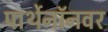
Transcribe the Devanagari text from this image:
पार्थेनॉनवर